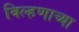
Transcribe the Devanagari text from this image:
बिल्हणाच्या